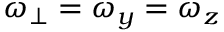
\omega _ { \perp } = \omega _ { y } = \omega _ { z }